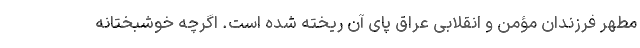
مطهر فرزندان مؤمن و انقلابی عراق پای آن ریخته شده است. اگرچه خوشبختانه